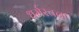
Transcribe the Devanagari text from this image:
धर्मरचना